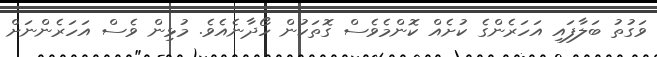
ވަގުތު ބަލާފައި އަހަރެންގެ ކުށެއް ކޮންމެވެސް ގޮތަކުން ހޯދާނެއެވެ. މުޅިން ވެސް އަހަރެންނަށް